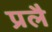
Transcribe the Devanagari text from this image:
प्रलै